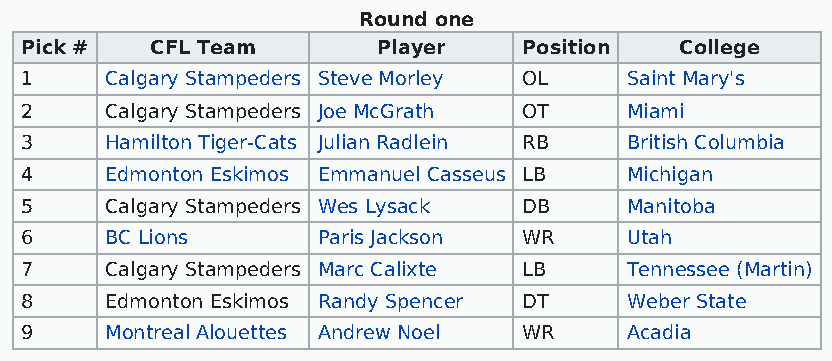
Round one
 Pick #   CFL Team       Player    Position  College
 1     Calgary Stampeders Steve Morley OL Saint Mary's
 2     Calgary Stampeders Joe McGrath OT Miami
 3     Hamilton Tiger-Cats Julian Radlein RB British Columbia
 4     Edmonton Eskimos Emmanuel Casseus LB Michigan
 5     Calgary Stampeders Wes Lysack DB  Manitoba
 6     BC Lions      Paris Jackson WR    Utah
 7     Calgary Stampeders Marc Calixte LB Tennessee (Martin)
 8     Edmonton Eskimos Randy Spencer DT Weber State
 9     Montreal Alouettes Andrew Noel WR Acadia